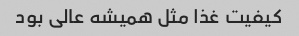
کیفیت غذا مثل همیشه عالی بود